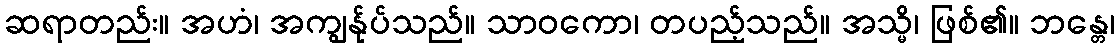
ဆရာတည်း။ အဟံ၊ အကျွန်ုပ်သည်။ သာဝကော၊ တပည့်သည်။ အသ္မိ၊ ဖြစ်၏။ ဘန္တေ၊